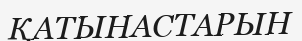
ҚАТЫНАСТАРЫН